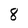
Character: 8